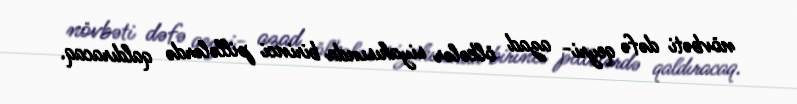
növbəti dəfə qeyri- azad ölkələr siyahısında birinci pillələrdə qaldıracaq.